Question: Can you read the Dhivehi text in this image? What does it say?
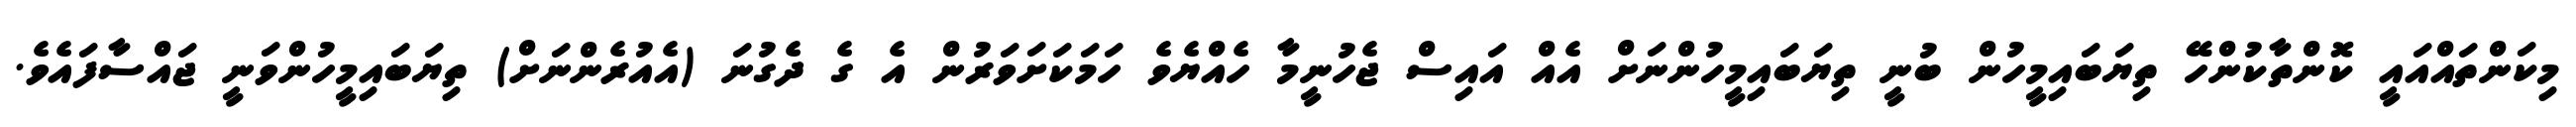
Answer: މިކަންތައްއައީ ކޮންތާކުންހޭ ތިޔަބައިމީހުން ބުނީ ތިޔަބައިމީހުންނަށް އެއް އައިސް ޖެހުނީމާ ހެއްޔެވެ ހަމަކަށަވަރުން އެ ގެ ދެގުނަ (އެއުރެންނަށް) ތިޔަބައިމީހުންވަނީ ޖައްސާފައެވެ.